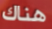
هناك